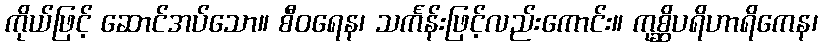
ကိုယ်ဖြင့် ဆောင်အပ်သော။ စီဝရေန၊ သင်္ကန်းဖြင့်လည်းကောင်း။ ကုစ္ဆိပရိဟာရိကေန၊